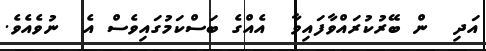
އަދި  ން ބޭރުކުރައްވާފައިވާ  އެއްގެ ބަސްކަމުގައިވެސް އެ  ނުވެއެވެ.